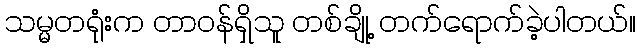
သမ္မတရုံးက တာဝန်ရှိသူ တစ်ချို့ တက်ရောက်ခဲ့ပါတယ်။